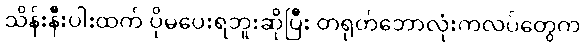
သိန်းနီးပါးထက် ပိုမပေးရဘူးဆိုပြီး တရုတ်ဘောလုံးကလပ်တွေက